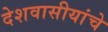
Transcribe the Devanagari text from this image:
देशवासीयांचे